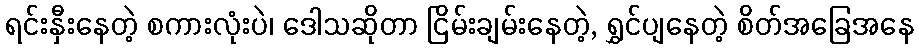
ရင်းနှီးနေတဲ့ စကားလုံးပဲ၊ ဒေါသဆိုတာ ငြိမ်းချမ်းနေတဲ့, ရွှင်ပျနေတဲ့ စိတ်အခြေအနေ